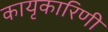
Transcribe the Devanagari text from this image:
कायृकारिणी